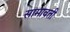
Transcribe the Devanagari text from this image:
सामावती